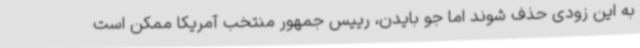
به این زودی حذف شوند اما جو بایدن، رییس جمهور منتخب آمریکا ممکن است